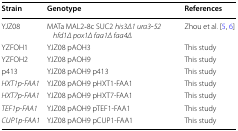
<table><thead><tr><td><b>Strain</b></td><td><b>Genotype</b></td><td><b>References</b></td></tr></thead><tbody><tr><td>YJZ08</td><td>MATa MAL2‐8c SUC2 <i>his3Δ1 ura3‐52 hfd1Δ pox1Δ faa1Δ faa4Δ</i></td><td>Zhou et al. [5, 6]</td></tr><tr><td>YZFOH1</td><td>YJZ08 pAOH3</td><td>This study</td></tr><tr><td>YZFOH2</td><td>YJZ08 pAOH9</td><td>This study</td></tr><tr><td>p413</td><td>YJZ08 pAOH9 p413</td><td>This study</td></tr><tr><td><i>HXT1p</i>-<i>FAA1</i></td><td>YJZ08 pAOH9 pHXT1-FAA1</td><td>This study</td></tr><tr><td><i>HXT7p</i>-<i>FAA1</i></td><td>YJZ08 pAOH9 pHXT7-FAA1</td><td>This study</td></tr><tr><td><i>TEF1p</i>-<i>FAA1</i></td><td>YJZ08 pAOH9 pTEF1-FAA1</td><td>This study</td></tr><tr><td><i>CUP1p</i>-<i>FAA1</i></td><td>YJZ08 pAOH9 pCUP1-FAA1</td><td>This study</td></tr></tbody></table>